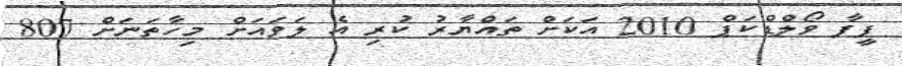
ފީފާ ވޯލްޑްކަޕް 2010 އަކަށް ތައްޔާރު ކުރި އެ ލަވައަށް މިހާތަނަށް 807